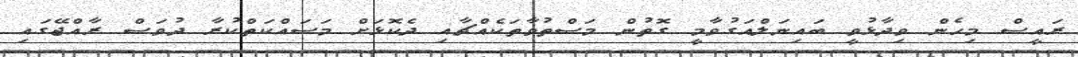
ރައީސް މިހެން ވިދާޅުވީ ބައިނަލްއަގުވާމީ ގޮތުން މަސްތުވާތަކެއްޗާއި ދެކޮޅަށް މަސައްކަތްކުރާ ދުވަސް ރާއްޖޭގައި